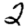
Digit: 2